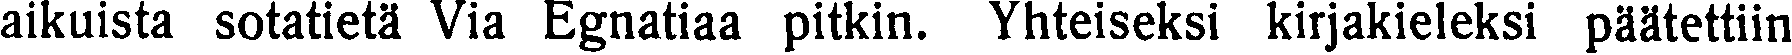
aikuista sotatietä Via Egnatiaa pitkin. Yhteiseksi kirjakieleksi päätettiin